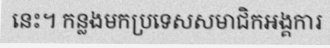
នេះ។ កន្លងមកប្រទេសសមាជិកអង្គការ